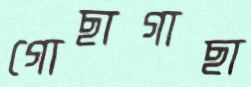
গোছাগাছা